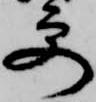
更